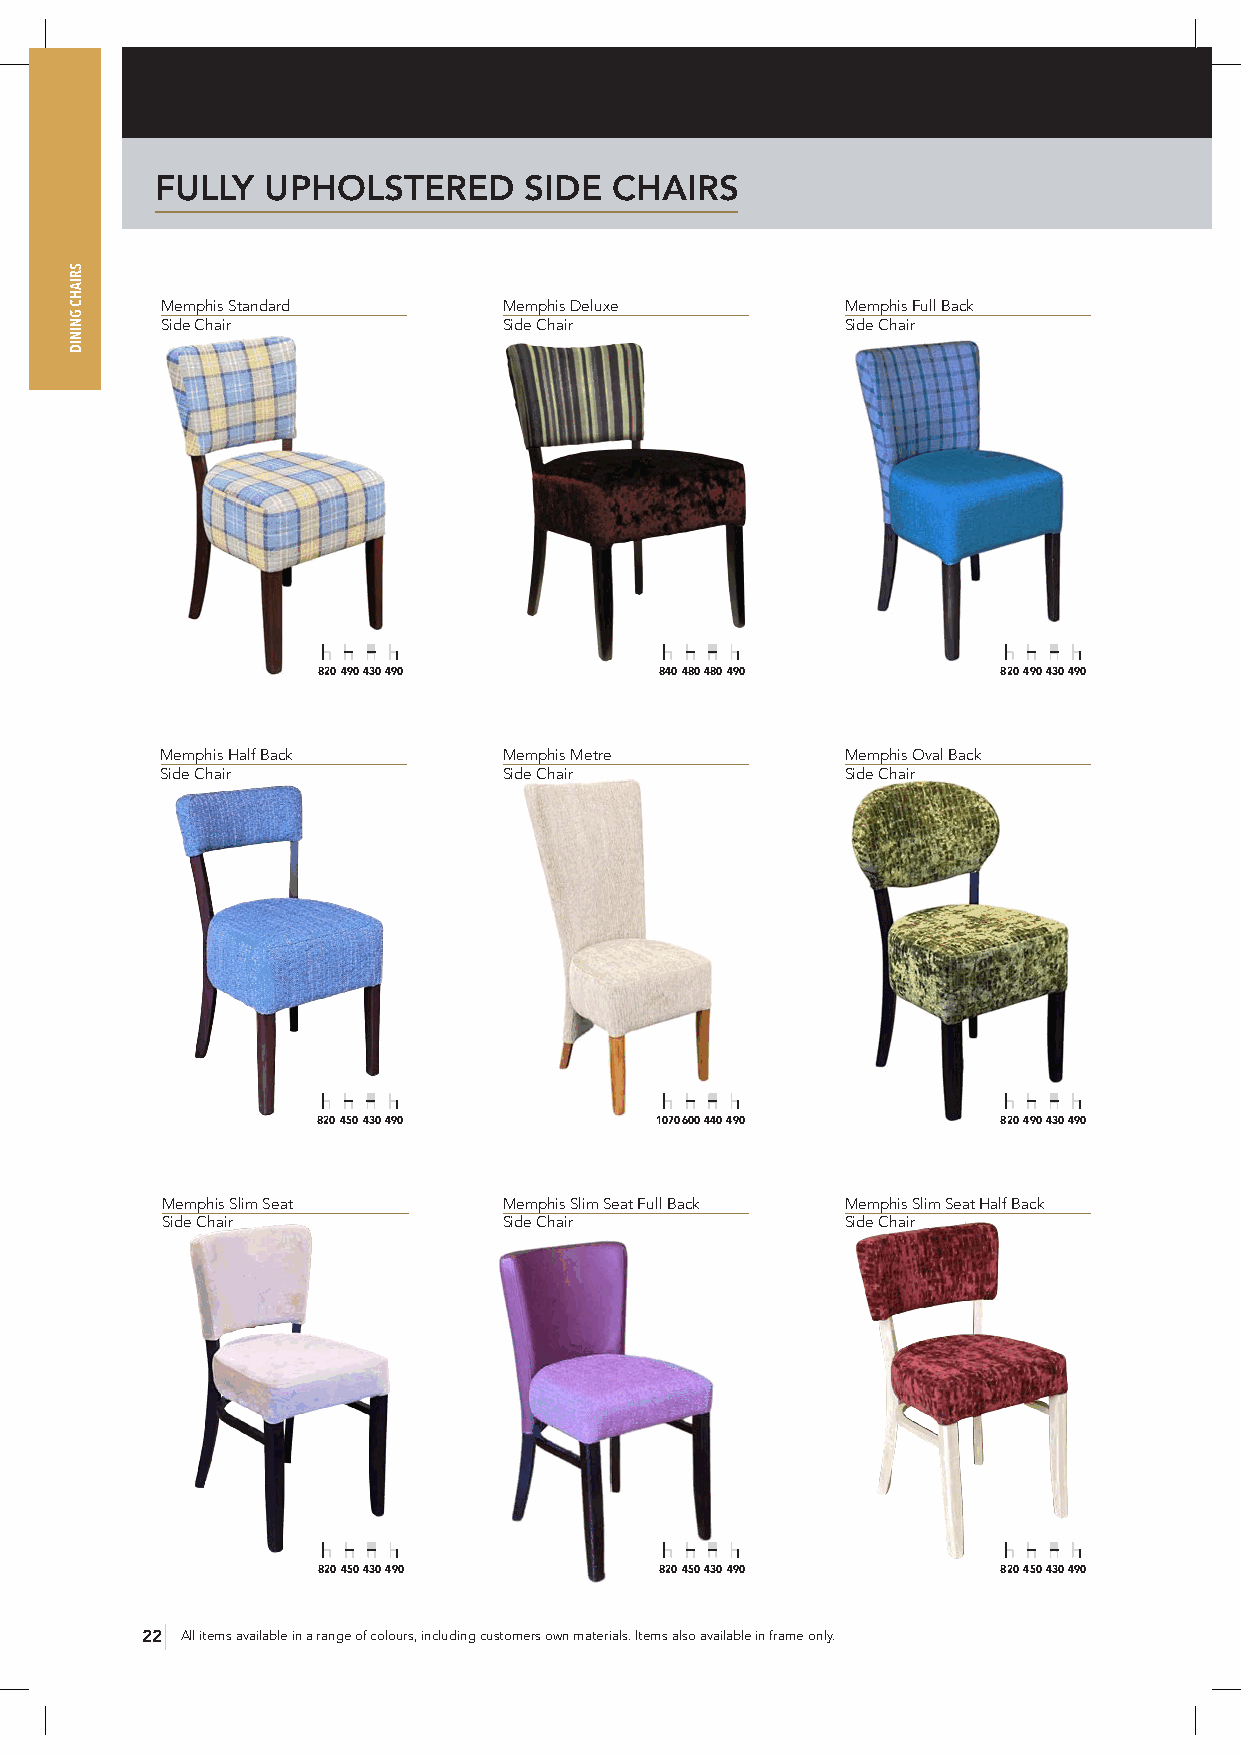
FULLY  UPHOLSTERED       SIDE  CHAIRS
 Memphis Standard      Memphis Deluxe         Memphis Full Back
 Side Chair            Side Chair             Side Chair
 820 490 430 490        840 480 480 490       820 490 430 490
 Memphis Half Back     Memphis Metre          Memphis Oval Back
 Side Chair            Side Chair             Side Chair
 820 450 430 490       1070 600 440 490       820 490 430 490
 Memphis Slim Seat     Memphis Slim Seat Full Back Memphis Slim Seat Half Back
 Side Chair            Side Chair             Side Chair
 820 450 430 490        820 450 430 490       820 450 430 490
 22 All items available in a range of colours, including customers own materials. Items also available in frame only.
 SRIAHC
 GNINID